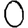
Digit: 0